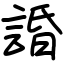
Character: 諙